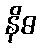
နိဓ